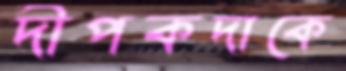
দীপকদাকে